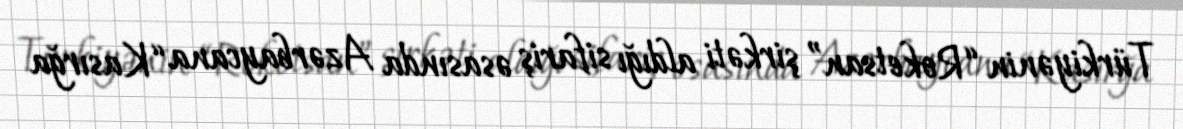
Türkiyənin “Roketsan” şirkəti aldığı sifariş əsasında Azərbaycana “Kasırğa